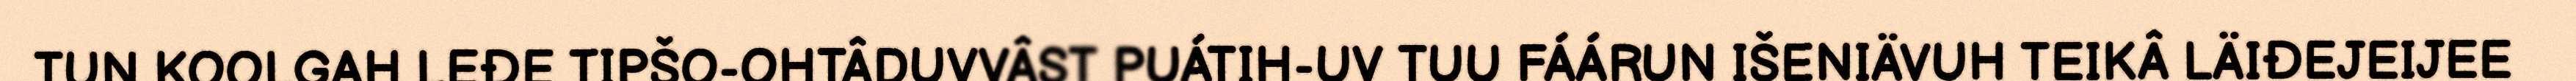
TUN KOOLGAH LEĐE TIPŠO-OHTÂDUVVÂST PUÁTIH-UV TUU FÁÁRUN IŠENIÄVUH TEIKÂ LÄIĐEJEIJEE